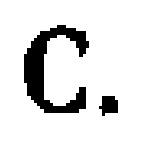
C.